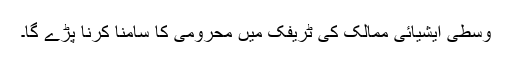
وسطی ایشیائی ممالک کی ٹریفک میں محرومی کا سامنا کرنا پڑے گا۔